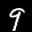
Label: 9